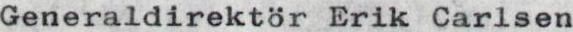
Generaldirektör Erik Carlsen